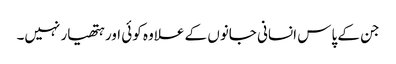
جن کے پاس انسانی جانوں کے علاوہ کوئی اور ہتھیار نہیں۔